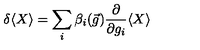
\delta \langle X \rangle = \sum _ { i } \beta _ { i } ( \vec { g } ) \frac { \partial } { \partial g _ { i } } \langle X \rangle